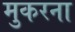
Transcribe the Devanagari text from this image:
मुकरना